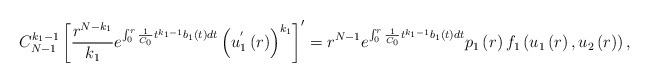
\begin{align*}C_{N-1}^{k_{1}-1}\left[ \frac{r^{N-k_{1}}}{k_{1}}e^{\int_{0}^{r}\frac{1}{C_{0}}t^{k_{1}-1}b_{1}\left( t\right) dt}\left( u_{1}^{^{\prime }}\left(r\right) \right) ^{k_{1}}\right] ^{\prime }=r^{N-1}e^{\int_{0}^{r}\frac{1}{C_{0}}t^{k_{1}-1}b_{1}\left( t\right) dt}p_{1}\left( r\right) f_{1}\left(u_{1}\left( r\right) ,u_{2}\left( r\right) \right) , \end{align*}